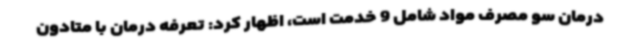
درمان سو مصرف مواد شامل 9 خدمت است، اظهار کرد: تعرفه درمان با متادون